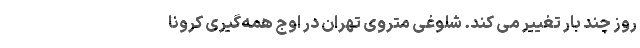
روز چند بار تغییر می کند. شلوغی متروی تهران در اوج همه‌گیری کرونا